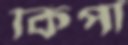
কিপা